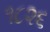
૧૮૨૬